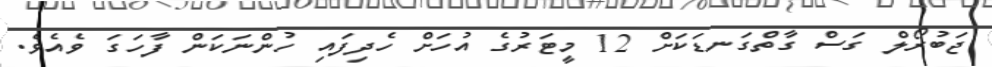
ޖަބުރޯލް ގަސް ގާތްގަނޑަކަށް 12 މީޓަރުގެ އުހަށް ހެދިފައި ހުންނަކަން ފާހަގަ ވެއެވެ.